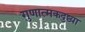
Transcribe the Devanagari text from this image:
गुणात्मकदुष्ट्या